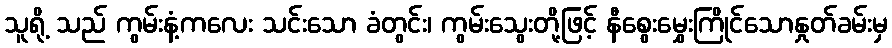
သူရို့ သည် ကွမ်းနံ့ကလေး သင်းသော ခံတွင်း၊ ကွမ်းသွေးတို့ဖြင့် နီစွေးမွှေးကြိုင်သောနှုတ်ခမ်းမှ